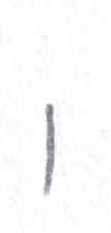
אות: ו